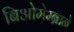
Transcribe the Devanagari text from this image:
बिओमेम्ब्राने